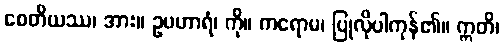
စေတိယဿ၊ အား။ ဥပဟာရံ၊ ကို။ ကရောမ၊ ပြုလိုပါကုန်၏။ ဣတိ၊